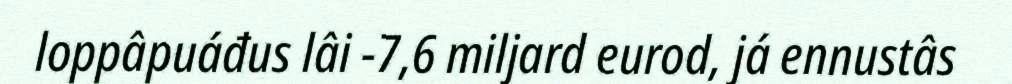
loppâpuáđus lâi -7,6 miljard eurod, já ennustâs